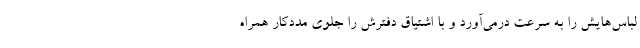
لباس‌هایش را به سرعت درمی‌آورد و با اشتیاق دفترش را جلوی مددکار همراه